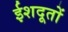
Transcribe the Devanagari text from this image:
ईशदूतों